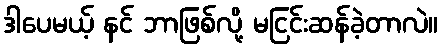
ဒါပေမယ့် နင် ဘာဖြစ်လို့ မငြင်းဆန်ခဲ့တာလဲ။